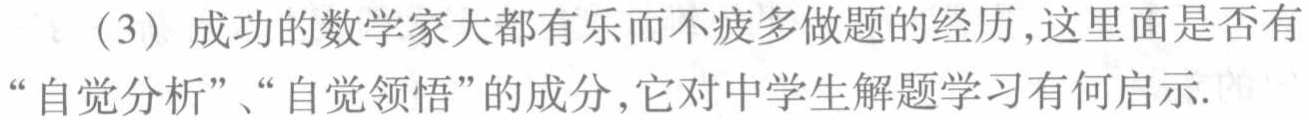
（3）成功的数学家大都有乐而不疲多做题的经历,这里面是否有“自觉分析”、“自觉领悟”的成分,它对中学生解题学习有何启示.